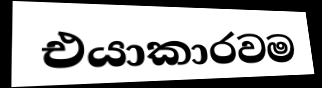
එයාකාරවම